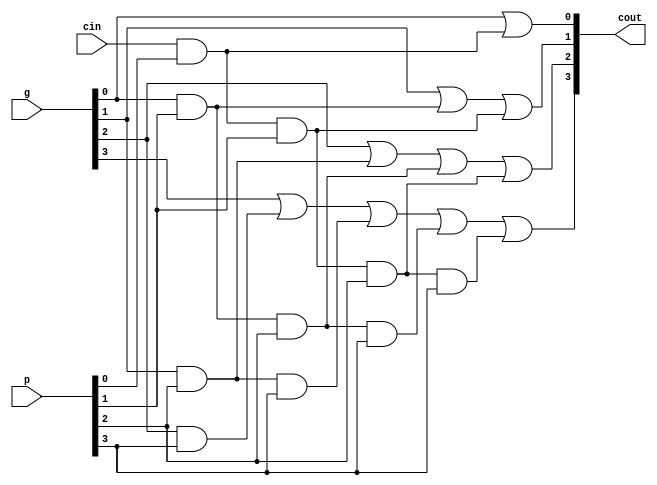
module CLL(p, g, cin, cout);
	input [3:0] p, g;
	input cin;
	output [3:0] cout;

	reg [3:0] cout;

	always@(p or g)
		begin
			cout[0] = g[0]|(cin&p[0]);
			cout[1] = g[1]|(g[0]&p[1])|(cin&p[0]&p[1]);
			cout[2] = g[2]|(g[1]&p[2])|(g[0]&p[1]&p[2])|(cin&p[0]&p[1]&p[2]);
			cout[3] = g[3]|(g[2]&p[3])|(g[1]&p[2]&p[3])|(g[0]&p[1]&p[2]&p[3])|(cin&p[0]&p[1]&p[2]&p[3]);
		end
endmodule